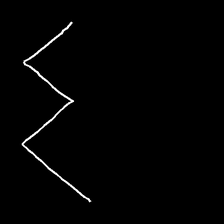
Glyph: crush